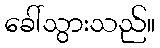
ခေါ်သွားသည်။